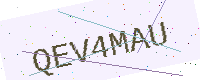
Text: QEV4MAU